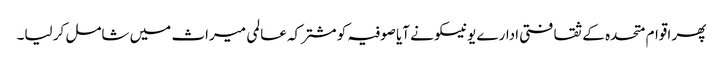
پھر اقوام متحدہ کے ثقافتی ادارے یونیسکو نے آیا صوفیہ کو مشترکہ عالمی میراث میں شامل کر لیا۔